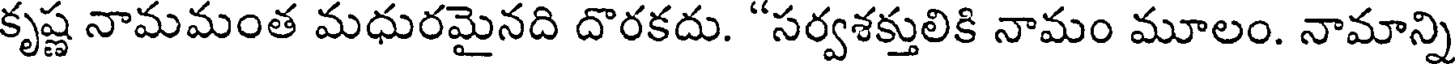
కృష్ణ నామమంత మధురమైనది దొరకదు. "సర్వశక్తులికి నామం మూలం. నామాన్ని